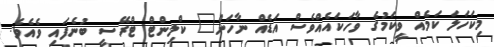
މިކަހަލަ ކަމެއް ވީކަމުގެ ވާހަކައެއްވެސް އަޑެއް ނާހަން" ކްލިންޓް ޓްރޭސީ ބުނެފައި ވެއެވެ.